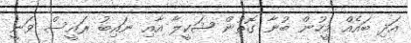
އަދި ބައެއް މީހުން ބުނާ ގޮތުން ޝަކީލާ އާއި ނައިބު ރައީސް ވަނީ